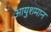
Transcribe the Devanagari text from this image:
आयुशमान